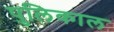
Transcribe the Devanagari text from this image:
पुलिकाल